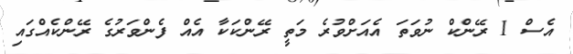
އެސް 1 ރޭންކް ނުވަތަ އެއަށްވުރެ މަތީ ރޭންކަކާ އެއް ފެންވަރުގެ ރޭންކެއްގައި